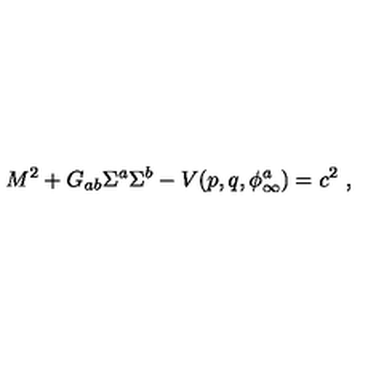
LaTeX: M ^ { 2 } + G _ { a b } \Sigma ^ { a } \Sigma ^ { b } - V ( p , q , \phi _ { \infty } ^ { a } ) = c ^ { 2 } \ ,